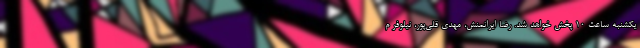
یکشنبه ساعت ۱۰ پخش خواهد شد. رضا ایرانمنش، مهدی قلی‌پور، نیلوفر م